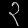
Digit: ၃